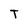
Character: T